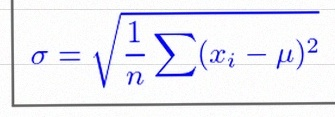
\sigma=\sqrt{\frac1n\sum(x_i-\mu)^2}